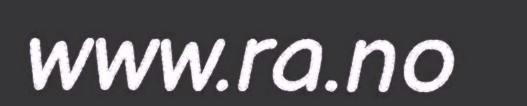
www.ra.no